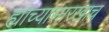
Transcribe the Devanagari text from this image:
ह्याच्यासारखाच